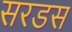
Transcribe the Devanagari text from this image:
सरडस